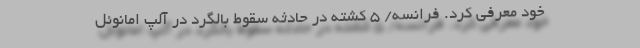
خود معرفی کرد. فرانسه/ ۵ کشته در حادثه سقوط بالگرد در آلپ امانوئل